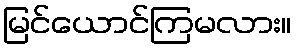
မြင်ယောင်ကြမလား။